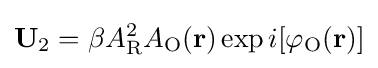
\mathbf {U} _{2}=\beta A_{\text{R}}^{2}A_{\text{O}}(\mathbf {r} )\exp {i[\varphi _{\text{O}}(\mathbf {r} )]}